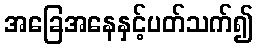
အခြေအနေနှင့်ပတ်သက်၍